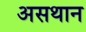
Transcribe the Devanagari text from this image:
असथान